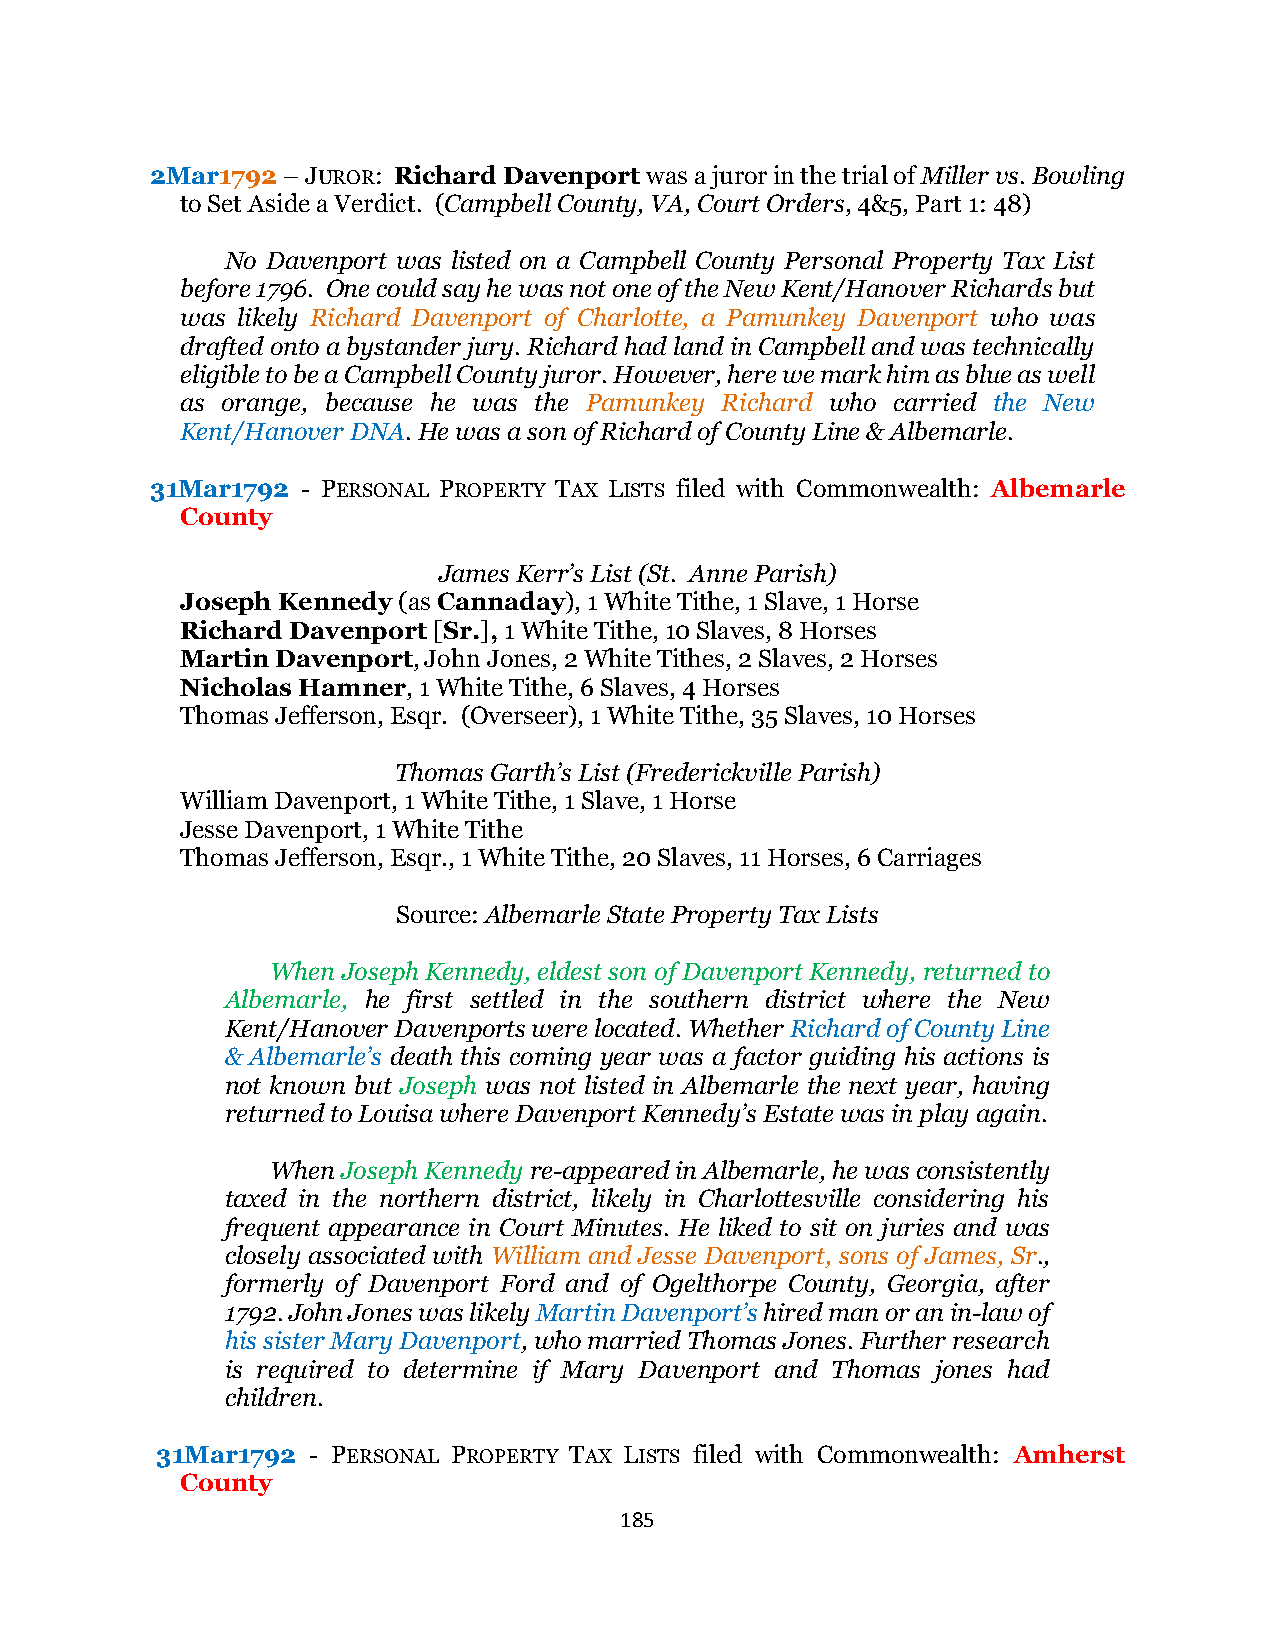
2Mar1792 – JUROR: Richard Davenport was a juror in the trial of Miller vs. Bowling
 to Set Aside a Verdict. (Campbell County, VA, Court Orders, 4&5, Part 1: 48)
 No Davenport was listed on a Campbell County Personal Property Tax List
 before 1796. One could say he was not one of the New Kent/Hanover Richards but
 was likely Richard Davenport of Charlotte, a Pamunkey Davenport who was
 drafted onto a bystander jury. Richard had land in Campbell and was technically
 eligible to be a Campbell County juror. However, here we mark him as blue as well
 as orange, because he was the Pamunkey Richard who carried the New
 Kent/Hanover DNA. He was a son of Richard of County Line & Albemarle.
 31Mar1792 - PERSONAL PROPERTY TAX LISTS filed with Commonwealth: Albemarle
 County
 James Kerr’s List (St. Anne Parish)
 Joseph Kennedy (as Cannaday), 1 White Tithe, 1 Slave, 1 Horse
 Richard Davenport [Sr.], 1 White Tithe, 10 Slaves, 8 Horses
 Martin Davenport, John Jones, 2 White Tithes, 2 Slaves, 2 Horses
 Nicholas Hamner, 1 White Tithe, 6 Slaves, 4 Horses
 Thomas Jefferson, Esqr. (Overseer), 1 White Tithe, 35 Slaves, 10 Horses
 Thomas Garth’s List (Frederickville Parish)
 William Davenport, 1 White Tithe, 1 Slave, 1 Horse
 Jesse Davenport, 1 White Tithe
 Thomas Jefferson, Esqr., 1 White Tithe, 20 Slaves, 11 Horses, 6 Carriages
 Source: Albemarle State Property Tax Lists
 When Joseph Kennedy, eldest son of Davenport Kennedy, returned to
 Albemarle, he first settled in the southern district where the New
 Kent/Hanover Davenports were located. Whether Richard of County Line
 & Albemarle’s death this coming year was a factor guiding his actions is
 not known but Joseph was not listed in Albemarle the next year, having
 returned to Louisa where Davenport Kennedy’s Estate was in play again.
 When Joseph Kennedy re-appeared in Albemarle, he was consistently
 taxed in the northern district, likely in Charlottesville considering his
 frequent appearance in Court Minutes. He liked to sit on juries and was
 closely associated with William and Jesse Davenport, sons of James, Sr.,
 formerly of Davenport Ford and of Ogelthorpe County, Georgia, after
 1792. John Jones was likely Martin Davenport’s hired man or an in-law of
 his sister Mary Davenport, who married Thomas Jones. Further research
 is required to determine if Mary Davenport and Thomas jones had
 children.
 31Mar1792 - PERSONAL PROPERTY TAX LISTS filed with Commonwealth: Amherst
 County
 185